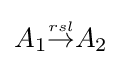
{\textstyle A_{1}{\stackrel {\scriptscriptstyle rsl}{\rightarrow }}A_{2}}